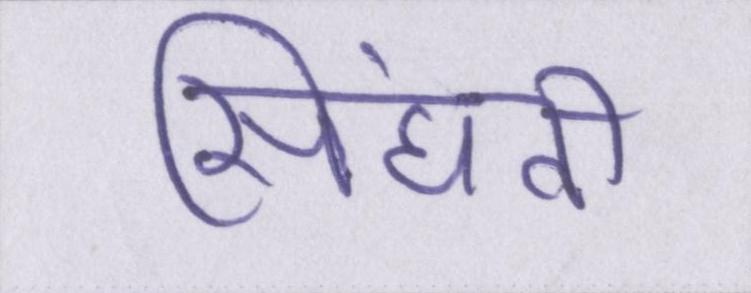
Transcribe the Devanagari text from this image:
सिंघवी